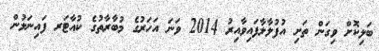
ބަލިކޮށް ވިގަން ތަށި އުފުލާލާފައިވާއިރު 2014 ވަނަ އަހަރުގެ މުބާރާތުގެ ކުއާޓަރ ފައިނަލުން